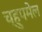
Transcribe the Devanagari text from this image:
च्हुपमेल